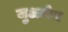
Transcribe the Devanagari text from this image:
जुआरेज